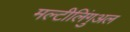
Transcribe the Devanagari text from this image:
मल्टीलिंगुअल